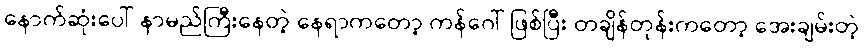
နောက်ဆုံးပေါ် နာမည်ကြီးနေတဲ့ နေရာကတော့ ကန်ဂေါ် ဖြစ်ပြီး တချိန်တုန်းကတော့ အေးချမ်းတဲ့